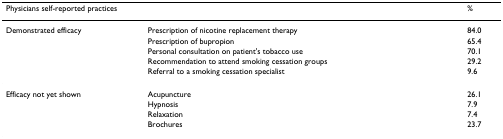
<table><thead><tr><td colspan="2"><b>Physicians self-reported practices</b></td><td><b>%</b></td></tr></thead><tbody><tr><td>Demonstrated efficacy</td><td>Prescription of nicotine replacement therapy</td><td>84.0</td></tr><tr><td></td><td>Prescription of bupropion</td><td>65.4</td></tr><tr><td></td><td>Personal consultation on patient&#x27;s tobacco use</td><td>70.1</td></tr><tr><td></td><td>Recommendation to attend smoking cessation groups</td><td>29.2</td></tr><tr><td></td><td>Referral to a smoking cessation specialist</td><td>9.6</td></tr><tr><td>Efficacy not yet shown</td><td>Acupuncture</td><td>26.1</td></tr><tr><td></td><td>Hypnosis</td><td>7.9</td></tr><tr><td></td><td>Relaxation</td><td>7.4</td></tr><tr><td></td><td>Brochures</td><td>23.7</td></tr></tbody></table>